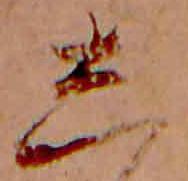
し